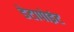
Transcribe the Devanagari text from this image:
डेटापोइंट